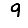
Digit: 9